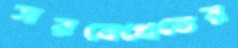
সরষেখেতের